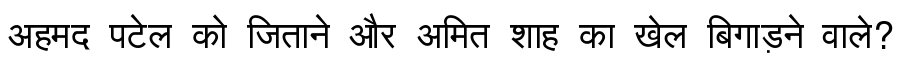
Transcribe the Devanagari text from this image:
अहमद पटेल को जिताने और अमित शाह का खेल बिगाड़ने वाले?